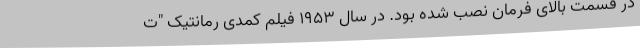
در قسمت بالای فرمان نصب شده بود. در سال ۱۹۵۳ فیلم کمدی رمانتیک "ت